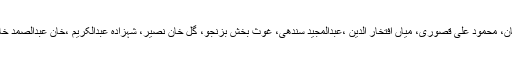
نیشنل عوامی پارٹی میں غفار خان، ولی خان، محمود علی قصوری، میاں افتخار الدین ،عبدالمجید سندھی، غوث بخش بزنجو، گل خان نصیر، شہزادہ عبدالکریم ،خان عبدالصمد خان اچکزئی اور مولانا بھاشانی شامل تھے۔